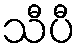
သီပီ